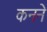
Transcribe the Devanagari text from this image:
कनने